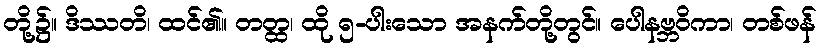
တို့၌။ ဒိဿတိ၊ ထင်၏။ တတ္ထ၊ ထို ၅-ပါးသော အနက်တို့တွင်။ ပေါနဗ္ဘဝိကာ၊ တစ်ဖန်